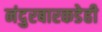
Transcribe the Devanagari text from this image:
नंदुरबारकडेही